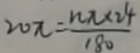
2 0 \pi = \frac { n \pi \times 2 4 } { 1 8 0 }